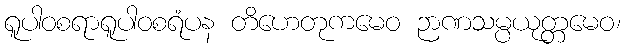
ရူပါဝစရာရူပါဝစရံပန တိဟေတုကမေဝ ဉာဏသမ္ပယုတ္တမေဝ၊